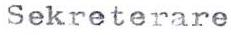
Sekreterare